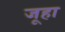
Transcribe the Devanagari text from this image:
जूहा